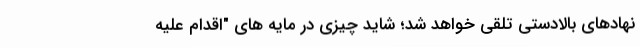
نهادهای بالادستی تلقی خواهد شد؛ شاید چیزی در مایه های "اقدام علیه